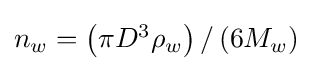
{\textstyle n_{w}=\left(\pi D^{3}\rho _{w}\right)/\left(6M_{w}\right)}